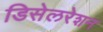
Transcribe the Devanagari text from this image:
डिसेलरेशन